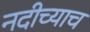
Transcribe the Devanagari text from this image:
नदीच्याच